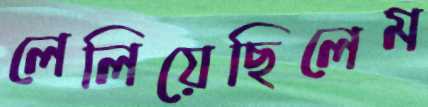
লেলিয়েছিলেম